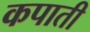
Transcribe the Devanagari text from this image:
कपाती